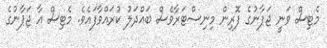
މެޓިސް ވަނީ ޖަޕާނުގެ ފޮރިން މިނިސްޓަރާވެސް ބައްދަލު ކުރައްވާފައެވެ. މެޓިސް އާ ޖަޕާނުގެ